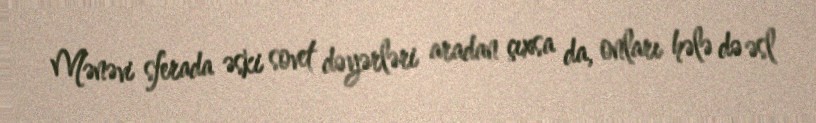
Mənəvi sferada əski sovet dəyərləri aradan çıxsa da, onları hələ də əsl